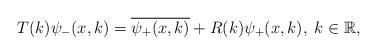
LaTeX: \begin{align*}T(k)\psi_{-}(x,k)=\overline{\psi_{+}(x,k)}+R(k)\psi_{+}(x,k),\;k\in\mathbb{R},\end{align*}